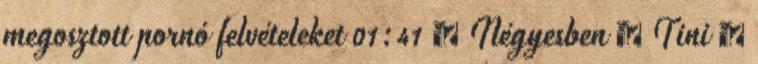
megosztott pornó felvételeket 01:41 ▪ Négyesben ▪ Tini ▪